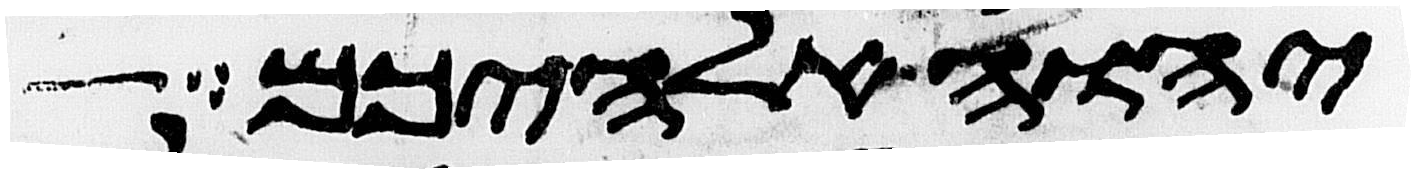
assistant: יהוה אלהיכם